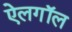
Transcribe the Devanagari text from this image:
ऐलगॉल